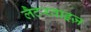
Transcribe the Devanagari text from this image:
लैटरवाइज़